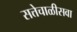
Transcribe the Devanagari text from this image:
सत्तेचाळीसवा